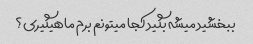
ببخشید میشه بگید کجا میتونم برم ماهیگیری؟